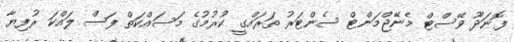
ފޮނަދޫ ވޭސްޓް މެނޭޖްމަންޓް ސެންޓަރު ތަރައްގީ ކުރުމުގެ މަސައްކަތް ފަސް ލައްކަ ރުފިޔާ